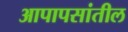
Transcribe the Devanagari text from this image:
आपापसांतील